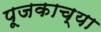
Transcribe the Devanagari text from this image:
पूजकाच्या